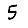
Digit: 5